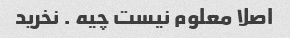
اصلا معلوم نیست چیه . نخرید